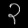
Digit: ၃